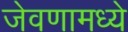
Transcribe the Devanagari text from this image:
जेवणामध्ये